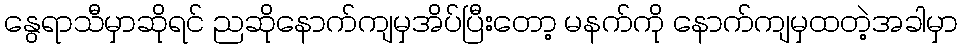
နွေရာသီမှာဆိုရင် ညဆိုနောက်ကျမှအိပ်ပြီးတော့ မနက်ကို နောက်ကျမှထတဲ့အခါမှာ